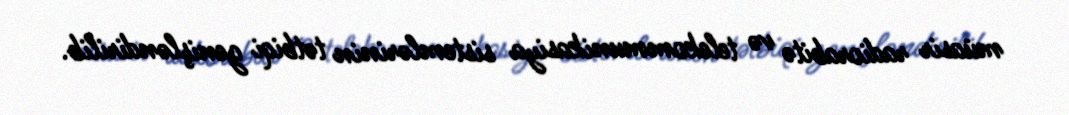
müasir radiorabitə və telekommunikasiya sistemlərinin tətbiqi genişləndirilib.